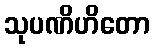
သုပဏိဟိတော